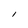
Character: I